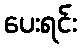
ပေးရင်း